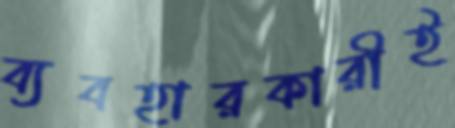
ব্যবহারকারীই